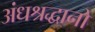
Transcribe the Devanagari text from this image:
अंधश्रद्धानो